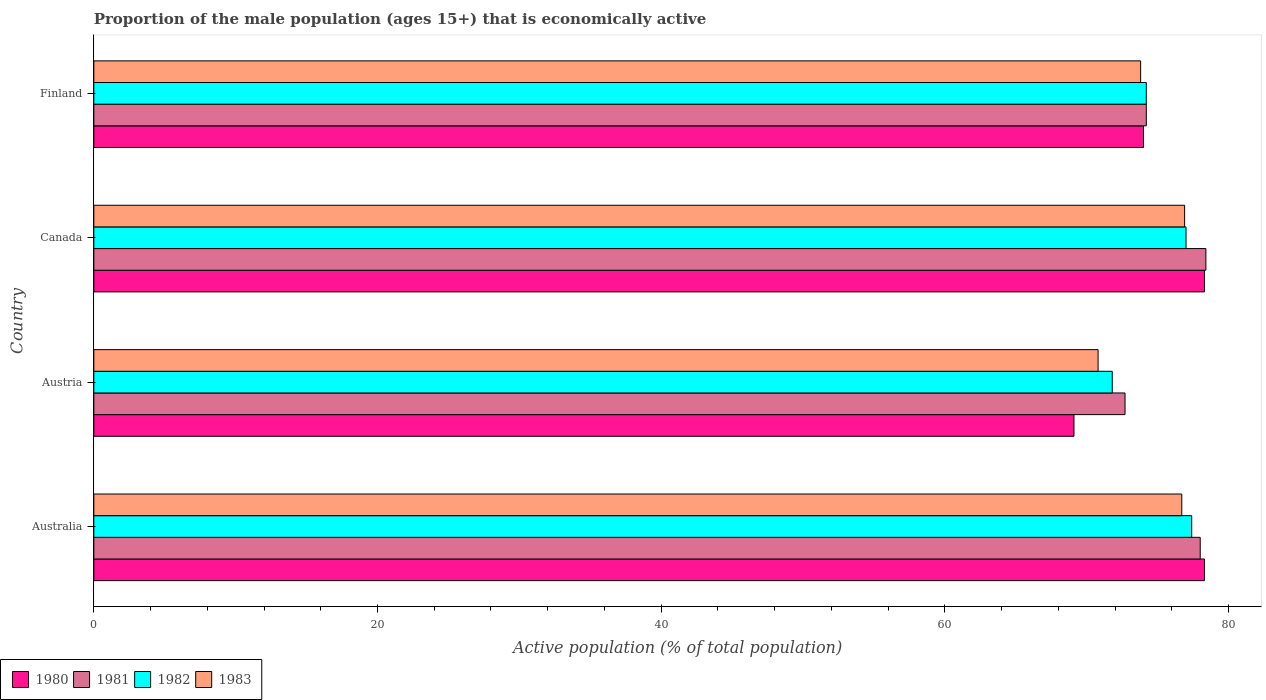
| Country | 1980 | 1981 | 1982 | 1983 |
 | --- | --- | --- | --- | --- |
 | Australia | 78.3 | 78 | 77.4 | 76.7 |
 | Austria | 69.1 | 72.7 | 71.8 | 70.8 |
 | Canada | 78.3 | 78.4 | 77 | 76.9 |
 | Finland | 74 | 74.2 | 74.2 | 73.8 |